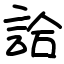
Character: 詥